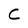
Character: C